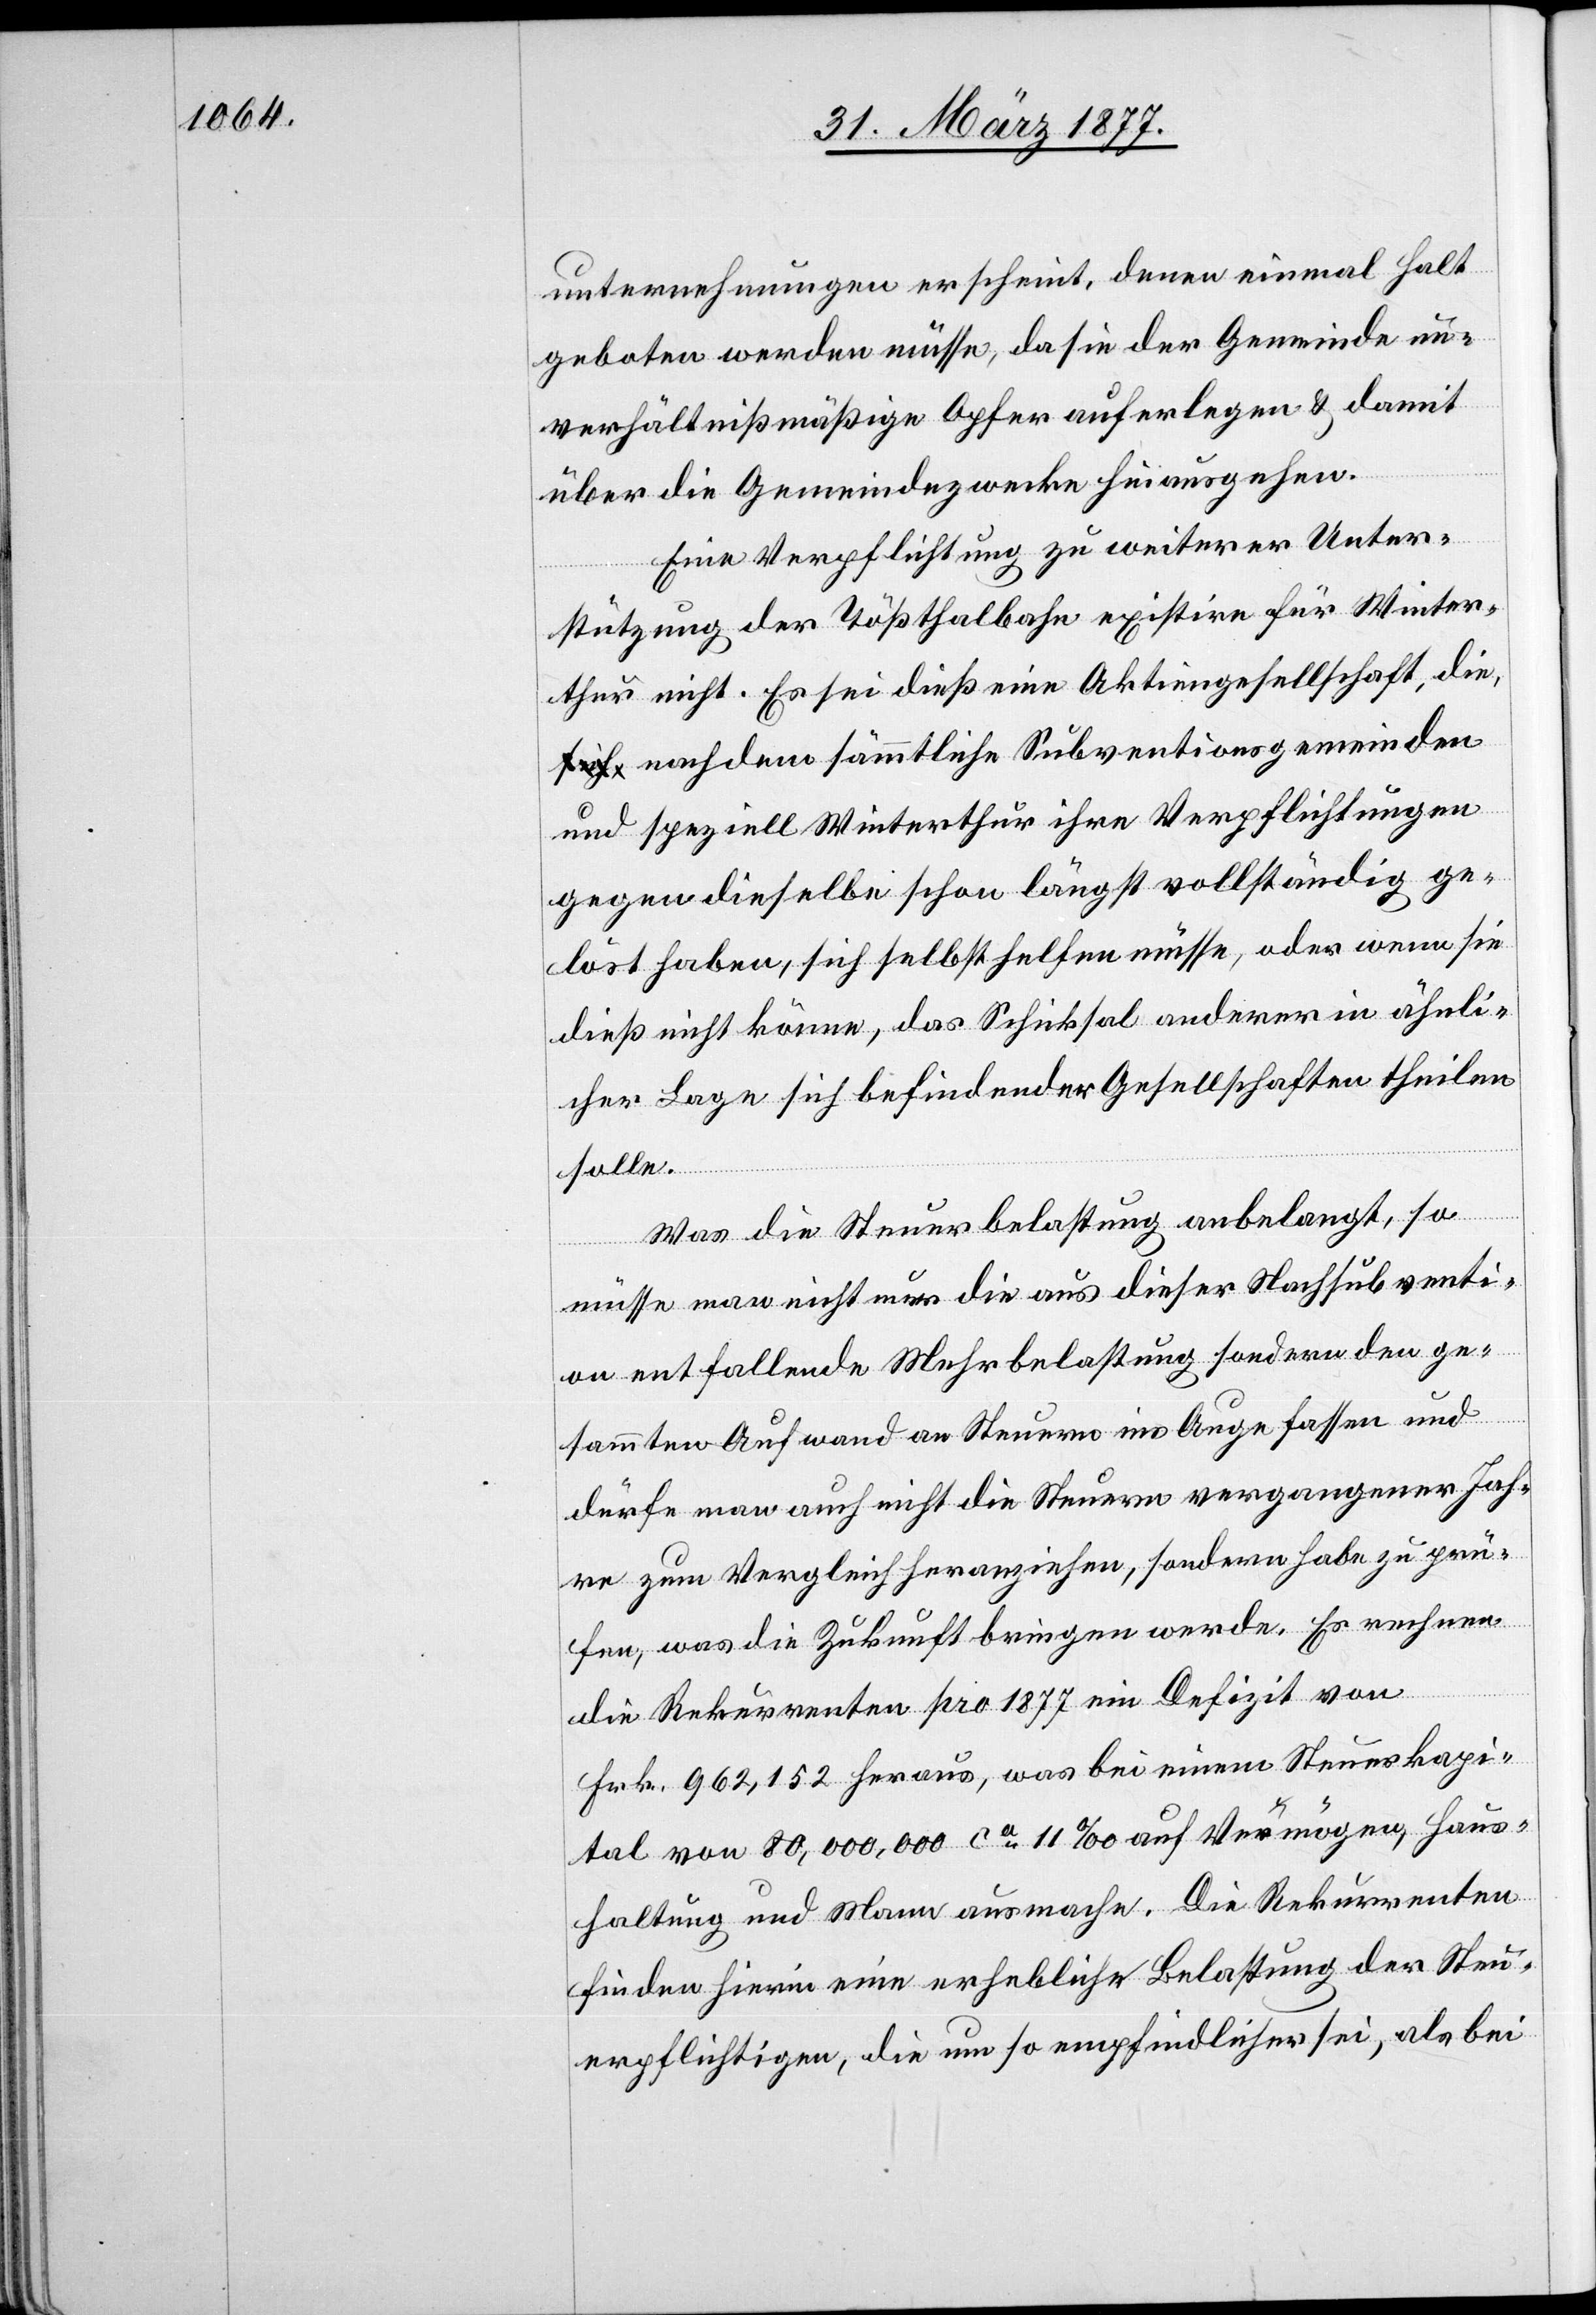
unternehmungen [sic!] erscheint, denen einmal Halt
geboten werden müsse, da sie der Gemeinde un¬
verhältnißmäßige Opfer auferlegen & damit
über die Gemeindezwecke hinausgehen.
Eine Verpflichtung zu weiterer Unter¬
stützung der Tößthalbahn existire für Winter¬
thur nicht. Es sei dieß eine Aktiengesellschaft, di¬
e, nachdem sämmtliche Subventionsgemeinden
und speziell Winterthur ihre Verpflichtungen
gegen dieselbe schon längst vollständig ge¬
löst haben, sich selbst helfen müsse, oder wenn sie
dieß nicht könne, das Schicksal anderer in ähnli¬
cher Lage sich befindender Gesellschaften theilen
solle.
Was die Steuerbelastung anbelangt, so
müsse man nicht nur die aus dieser Nachsubventi¬
on entfallende Mehrbelastung sondern den ge¬
sammten Aufwand an Steuern ins Auge fassen und
dürfe man auch nicht die Steuern vergangener Jah¬
re zum Vergleich heranziehen, sondern habe zu prü¬
fen, was die Zukunft bringen werde. Es rechnen
die Rekurrenten pro 1877 ein Defizit von
Frk. 962,152 heraus, was bei einem Steuerkapi¬
tal von 80,000,000 ca 11‰ auf Vermögen, Haus¬
haltungen und Mann ausmache. Die Rekurrenten
finden hierin eine erhebliche Belastung der Steu¬
erpflichtigen, die um so empfindlicher sei, als bei